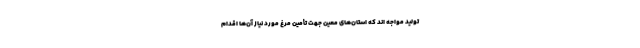
تولید مواجه اند که استان‌های معین جهت تأمین مرغ مورد نیاز آن‌ها اقدام